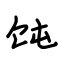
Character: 饨